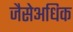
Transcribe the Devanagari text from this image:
जैसेअधिक